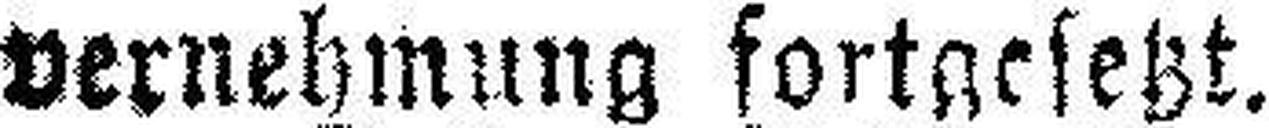
vernehmung fortgesetzt.